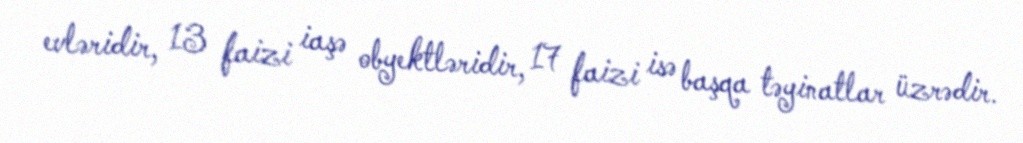
evləridir, 13 faizi iaşə obyektləridir, 17 faizi isə başqa təyinatlar üzrədir.